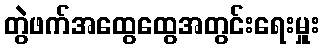
တွဲဖက်အထွေထွေအတွင်းရေးမှူး